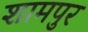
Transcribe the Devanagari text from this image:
शामपुर